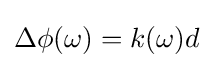
\Delta \phi (\omega )=k(\omega )d